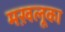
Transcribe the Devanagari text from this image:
मख़लूका